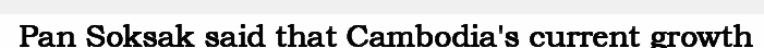
Pan Soksak said that Cambodia's current growth